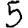
Digit: 5